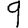
Digit: 9